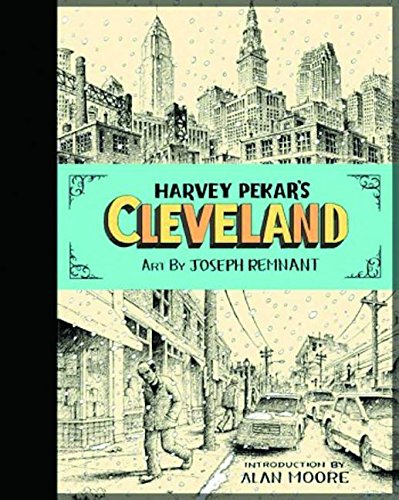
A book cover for Harvey Pekar's Cleveland; Harvey Pekar; Comics & Graphic Novels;